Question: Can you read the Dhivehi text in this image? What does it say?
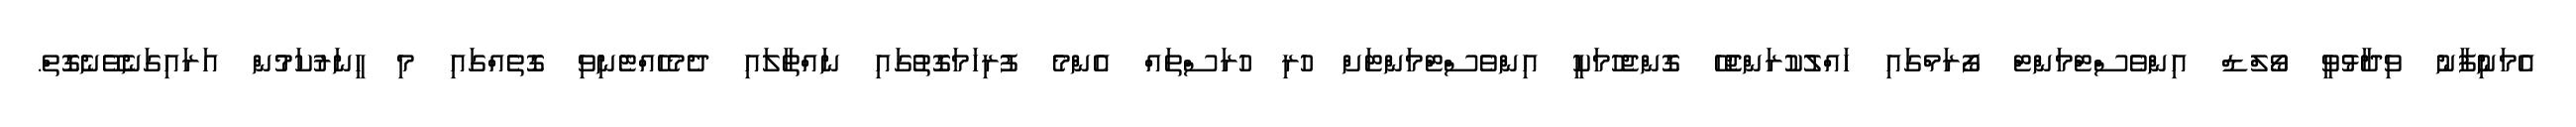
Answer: އެމަނިުފާނު ވިދާޅުވީ ވޯލްޑް އިންވެސްޓްމަންޓް ފޯރަމްގައި ހައްލުކުރަންޖެހޭ ގޮންޖެހުމަކީ އިންވެސްޓްމަންޓަށް ހުރި ހުރަސްތައް އެންމެ ފުރިހަމަގޮތުގައި ނައްތާލައި ދެމެހެއްޓެނިވި ގޮތެއްގައި މި ހީނަރުކަމުން އަރައިގަނެވޭނެގޮތް.